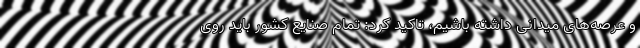
و عرصه‌های میدانی داشته باشیم، تاکید کرد: تمام صنایع کشور باید روی